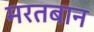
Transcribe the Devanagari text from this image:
मरतबान